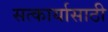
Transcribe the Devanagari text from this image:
सत्कार्यासाठी